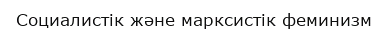
Социалистік және марксистік феминизм